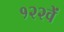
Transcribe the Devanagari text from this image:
१२२वें